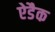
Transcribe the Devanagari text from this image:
ऐडैक